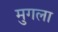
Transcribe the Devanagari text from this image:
मुगला